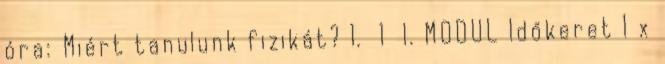
óra: Miért tanulunk fizikát? 1. 1 I. MODUL Időkeret 1 x